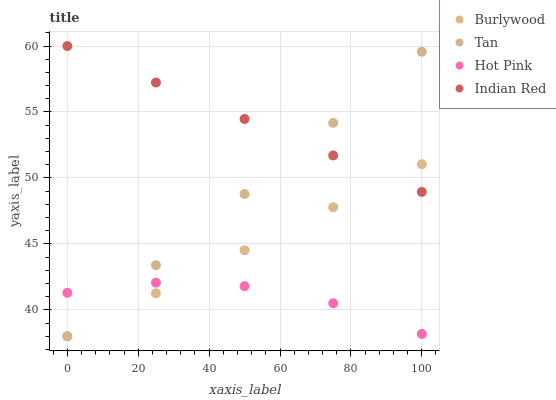
| xaxis_label | Burlywood | Tan | Hot Pink | Indian Red |
 | --- | --- | --- | --- | --- |
 | 0 | 38 | 38 | 41.3 | 60 |
 | 25 | 41.3 | 43.4 | 42.1 | 57.2 |
 | 50 | 44.5 | 48.8 | 41.8 | 54.5 |
 | 75 | 47.8 | 54.2 | 40.5 | 51.7 |
 | 100 | 51 | 59.6 | 38.2 | 48.9 |